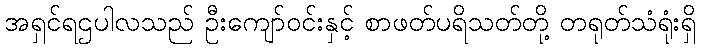
အရှင်ရဌပါလသည် ဦးကျော်ဝင်းနှင့် စာဖတ်ပရိသတ်တို့ တရုတ်သံရုံးရှိ